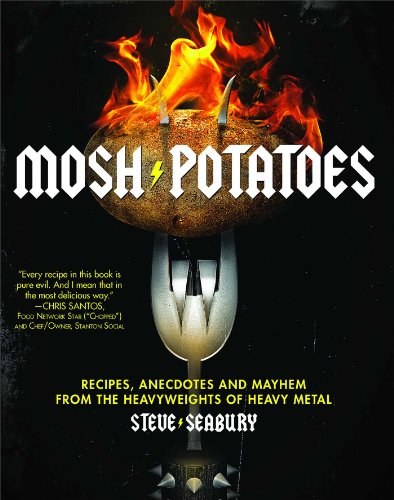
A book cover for Mosh Potatoes: Recipes, Anecdotes, and Mayhem from the Heavyweights of Heavy Metal; Steve Seabury; Cookbooks, Food & Wine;